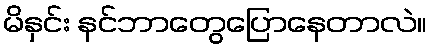
မိနှင်း နင်ဘာတွေပြောနေတာလဲ။